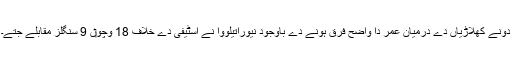
دونے کھلاڑیاں دے درمیان عمر دا واضح فرق ہونے دے باوجود نیوراتیلووا نے اسٹیفی دے خلاف 18 وچو‏ں 9 سنگلز مقابلے جتے۔